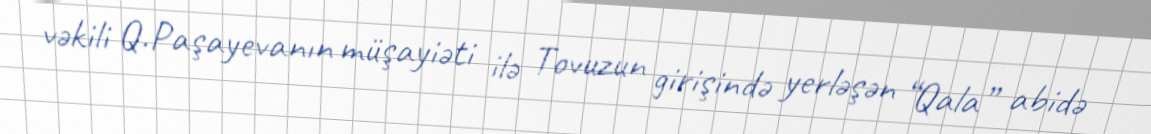
vəkili Q.Paşayevanın müşayiəti ilə Tovuzun girişində yerləşən “Qala” abidə